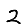
Digit: 2